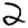
Digit: 2